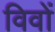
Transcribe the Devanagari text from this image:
विवों